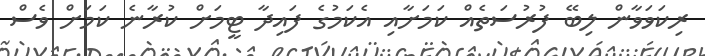
ރިކަވަވާން ލިބޭ ފުރުސަތެއް ކަމަށާއި އެކަމުގެ ފައިދާ ޓީމަށް ކުރާނެ ކަމަށް ވެސް